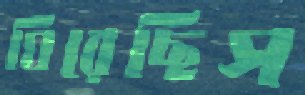
ঘিরেছিস